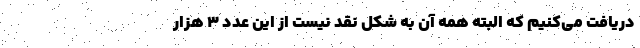
دریافت می‌کنیم که البته همه آن به شکل نقد نیست از این عدد 3 هزار